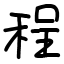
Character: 程